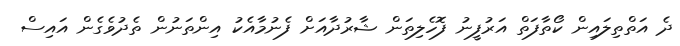
ދެ އަތްތިލައިން ކޯތާފަތް އަރުފީނު ފޮހެލިތަން ޝާރުދާއަށް ފެނުމާއެކު އިންތަނުން ތެދުވެގެން އައިސް